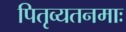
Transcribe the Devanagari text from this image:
पितृव्यतनमाः